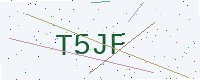
Text: T5JF